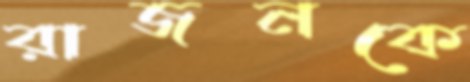
রাজনকে